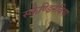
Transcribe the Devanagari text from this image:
स्कैण्डिनेविया